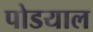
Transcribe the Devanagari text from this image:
पोडयाल